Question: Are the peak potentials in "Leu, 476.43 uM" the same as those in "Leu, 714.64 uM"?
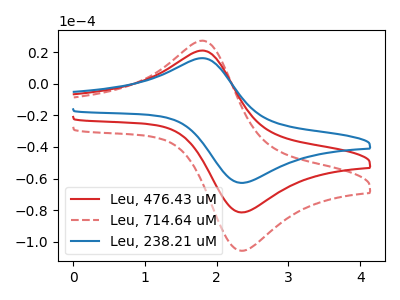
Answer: <think>The red curve "Leu, 476.43 uM" has an anodic peak at (1.80V, 20.95uA) and a cathodic peak at (2.40V, -81.35uA). The red dashed curve "Leu, 714.64 uM" has an anodic peak at (1.80V, 41.90uA) and a cathodic peak at (2.40V, -162.75uA). The blue curve "Leu, 238.21 uM" has an anodic peak at (1.80V, 16.15uA) and a cathodic peak at (2.40V, -62.70uA).</think>
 <answer>Yes, "Leu, 476.43 uM" have a peak in "Leu, 714.64 uM" at the same potential.</answer>
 <eval>match</eval>